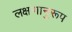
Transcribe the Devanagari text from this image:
लक्षणानुरूप